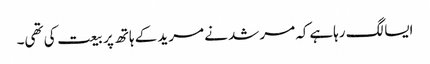
ایسا لگ رہاہےکہ مرشد نے مرید کے ہاتھ پر بیعت کی تھی۔